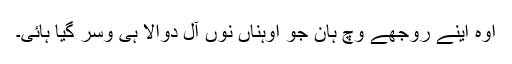
اوہ اینے روجھے وچ ہان جو اوہناں نوں آل دوالا ہی وِسر گیا ہائی۔